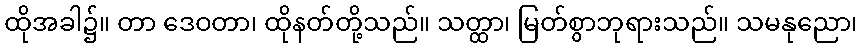
ထိုအခါ၌။ တာ ဒေဝတာ၊ ထိုနတ်တို့သည်။ သတ္ထာ၊ မြတ်စွာဘုရားသည်။ သမနုညော၊